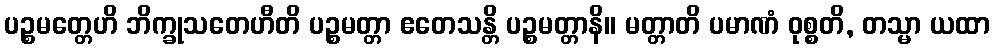
ပဉ္စမတ္တေဟိ ဘိက္ခုသတေဟီတိ ပဉ္စမတ္တာ ဧတေသန္တိ ပဉ္စမတ္တာနိ။ မတ္တာတိ ပမာဏံ ဝုစ္စတိ, တသ္မာ ယထာ